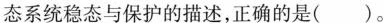
态系统稳态与保护的描述，正确的是()。